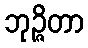
ဘုဉ္ဇိတာ